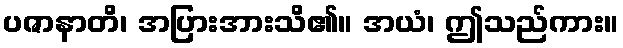
ပဇာနာတိ၊ အပြားအားသိ၏။ အယံ၊ ဤသည်ကား။